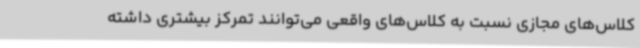
کلاس‌های مجازی نسبت به کلاس‌های واقعی می‌توانند تمرکز بیشتری داشته